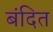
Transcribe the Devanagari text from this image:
बंदित